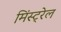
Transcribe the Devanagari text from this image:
मिंस्ट्रेल